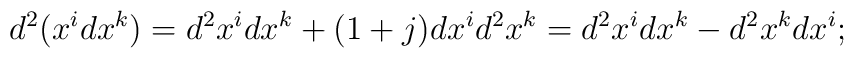
d^2(x^idx^k)=d^2x^idx^k+(1+j)dx^id^2x^k=d^2x^idx^k-d^2x^kdx^i;